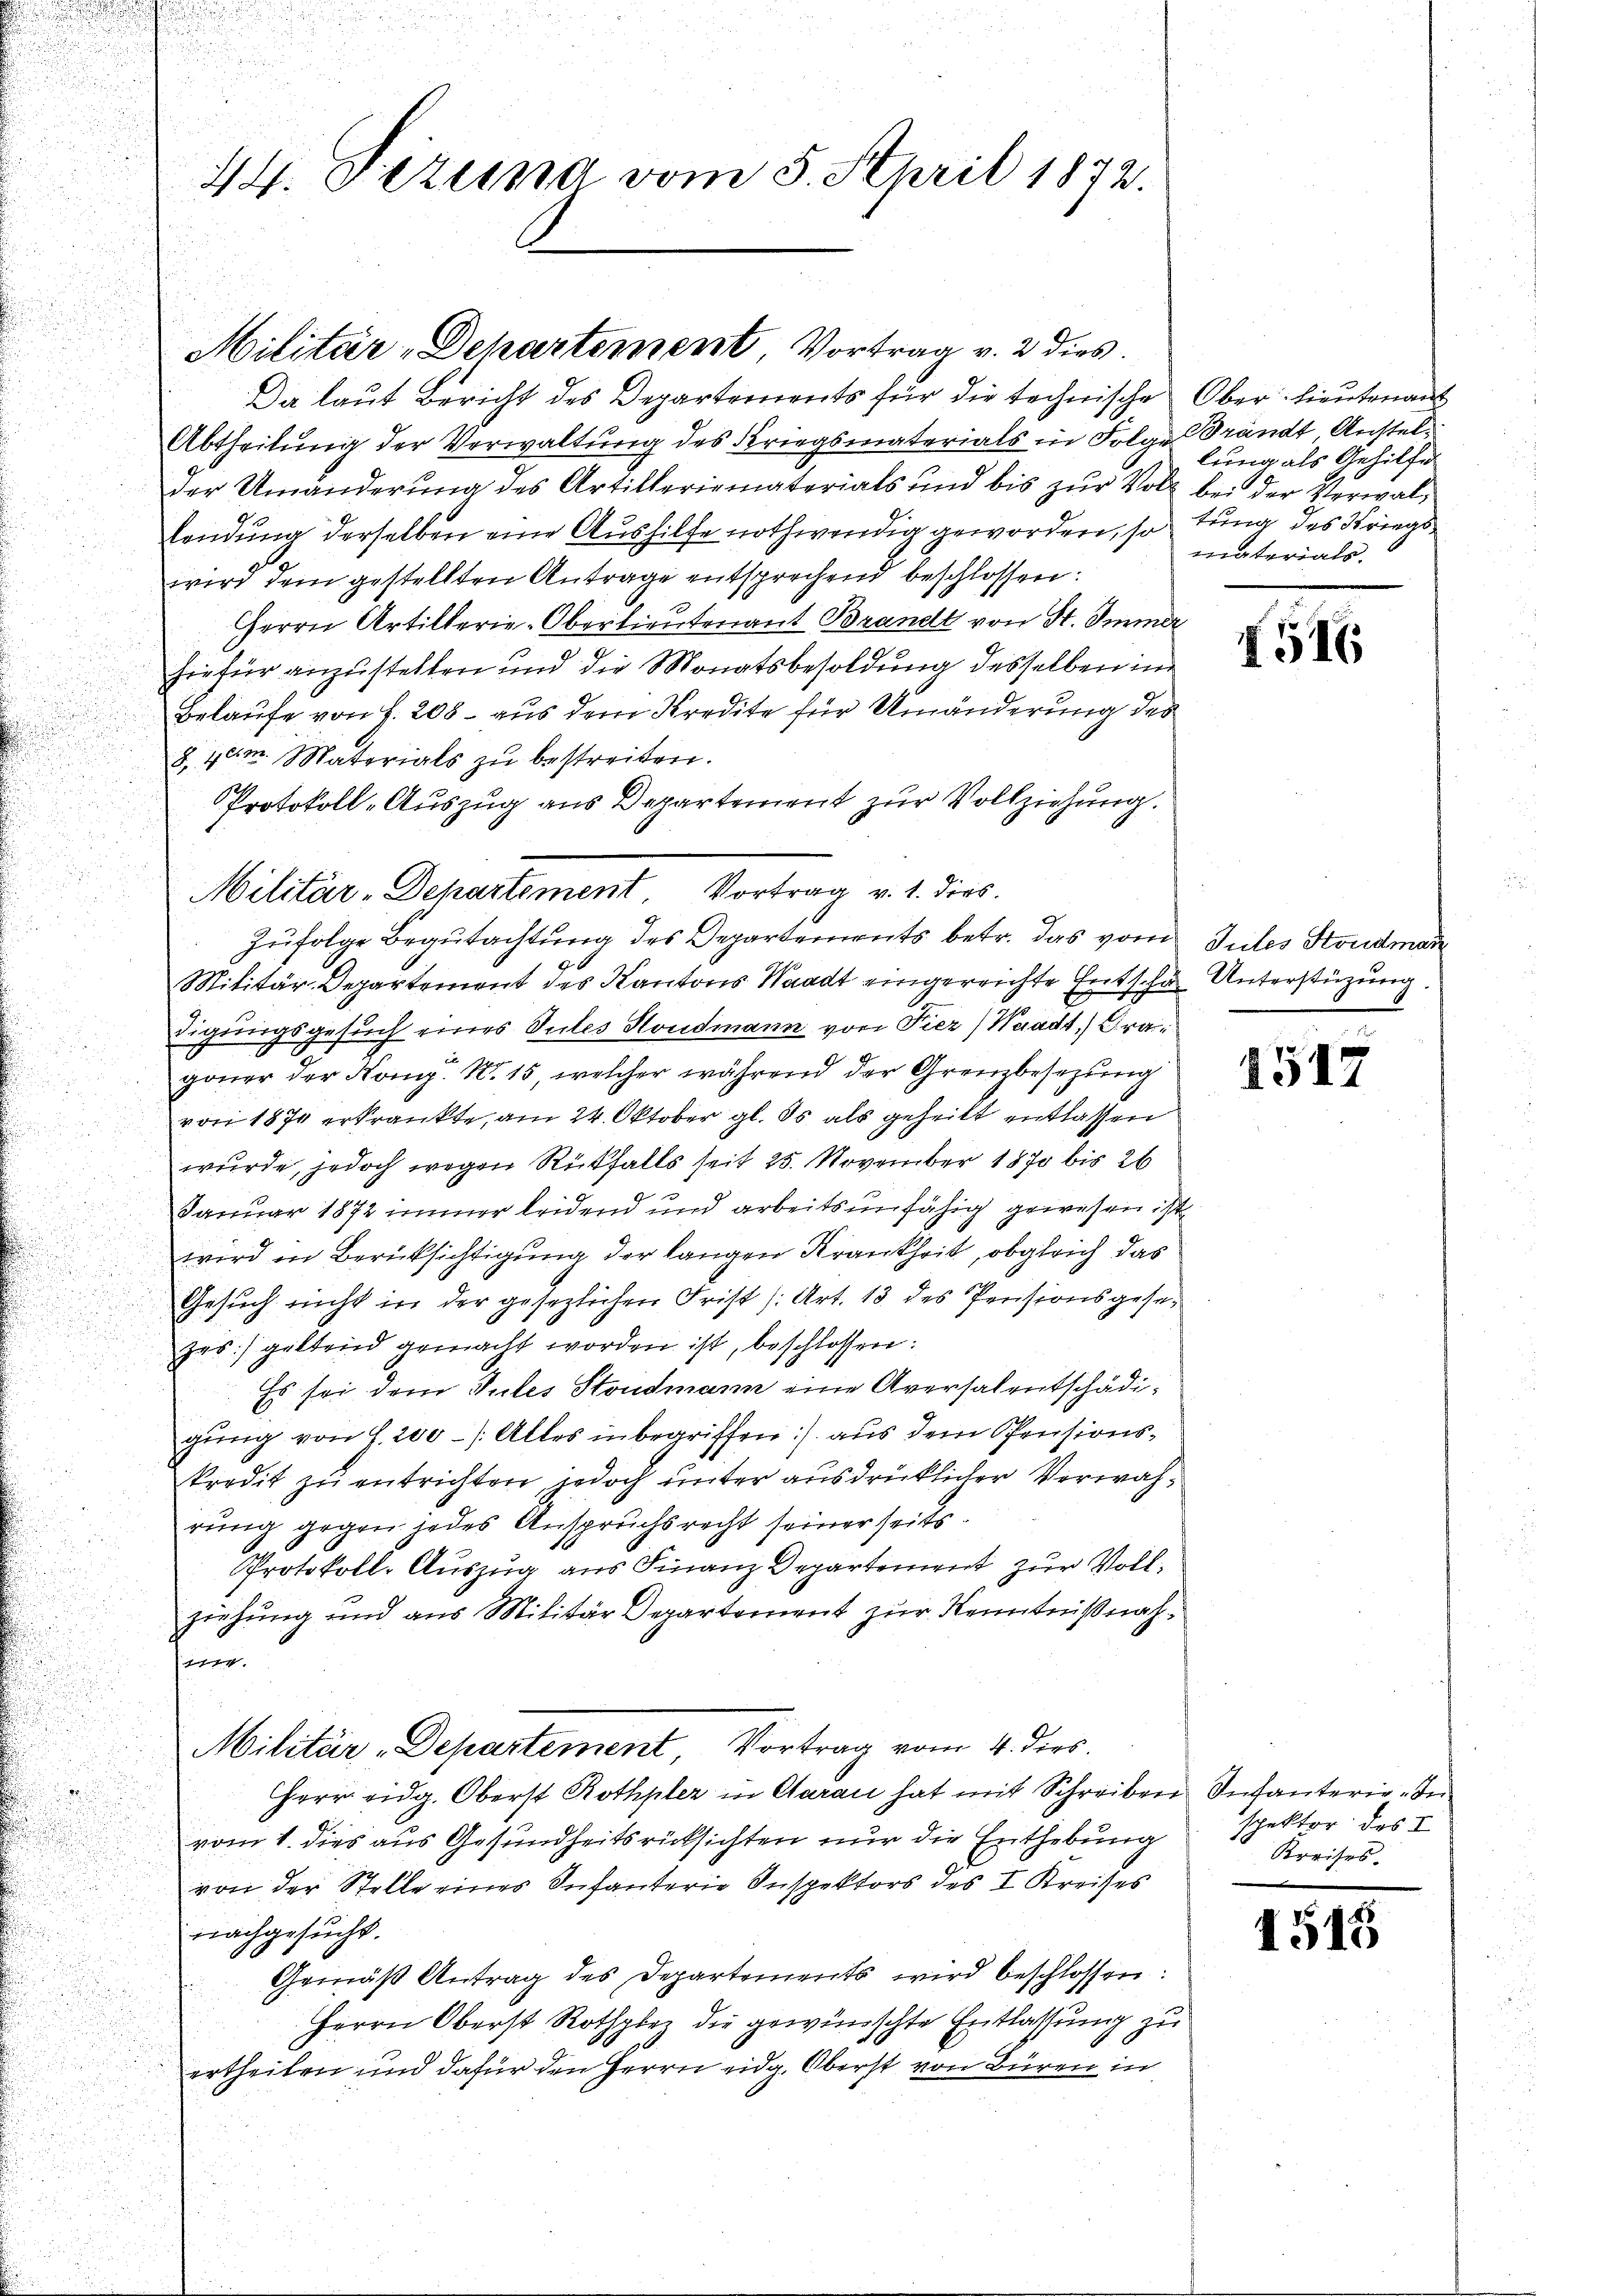
44. Bezug vom 5. April 1872.

Da laut Bericht des Departements für die technische Ober-Lieutenant
Abtheilung der Verwaltung des Kriegsmaterials in Folge Brandt Anstelder Umänderŭng des Artillerismaterials und bis zŭr Voll bei der Verwal-
lendung derselben eine Aushilfe nothwendig geworden, so tung des Kriegswird dem gestellten Antrage entsprechend beschlossen:
Herrn Artillerie-Oberlieutenant Brandt von St. Immer
hiefür anzustellen und die Monatsbesoldung desselben in
Belaufe von f. 208 – aus dem Kredite für Umänderung des
8.40m. Materials zŭ bestreiten.
Protokoll-Auszug aus Departement zur Vollziehung.
zŭfolge Begutachtung des Departements betr. das vom Gutes Stondmar
Militär-Departement des Kantons Waadt eingereichte Entsche Unterstüzung.
digungsgesuch eines Sutes Hondmann von Fier) Waadt, Gragoner der Komp. Nr. 15, welcher während der Grenzbesezung
von 1874 erkrankte, am 24. Oktober gl. ds als geheilt entlassen
wurde, jedoch wegen Rückfalls seit 25. November 1870 bis 26
Januar 1872 immer leidend und arbeitsunfähig gewesen ist
wird in Berücksichtigung der langen Krankheit, obgleich das
Gesuch nicht in der gesezlichen Frist (Art. 13 des Pensionsgesezes) geltend gemacht worden ist, beschlossen:
Es sei dem Gutes Stondmann eine Aversalentschädigung von S. 200 - /: Alles in begriffen) aus dem Pensionskredit zu entrichten, jedoch unter ausdrücklicher Verwahrung gegen jedes Anspruchsrecht seiner seits¬
Protokoll-Auszug aus Finanz Departement zur Vollziehung und aus Militär Departement zur Kenntnißnah¬
7
Militär-Departement Vortrag vom 4. dies
Herr eidg. Oberst Rothpler in Garan hat mit Schreiben Infanterie-In
vom 1. dies aus Gesundheitsrücksichten nur die Enthebung
von der Stelle eines Infanterie Inspektors des I. Kreises
nachgesucht.
Gemäß Antrag des Departements wird beschlossen:
Herrn Oberst Rothplez die gewünschte Entlassung zu
ertheilen und dafür den Herrn eidg. Oberst von Büren in

Militär-Dehartement, Vortrag v. 2 dies

Militär-Departement Vortrag v. 1. dies

lung als Gehilfe
materials.

I516

4517

spektor des I
Kreises.

1515